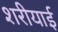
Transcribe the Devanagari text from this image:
शरीयाई